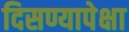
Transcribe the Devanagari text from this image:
दिसण्यापेक्षा